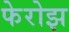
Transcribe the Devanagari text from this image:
फेरोझ